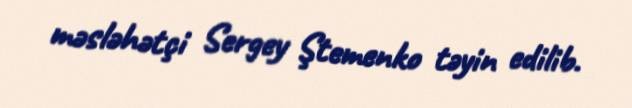
məsləhətçi Sergey Ştemenko təyin edilib.